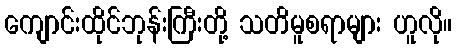
ကျောင်းထိုင်ဘုန်းကြီးတို့ သတိမူစရာများ ဟူလို။